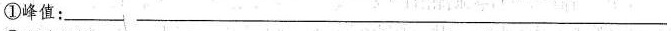
①峰值：___ ___